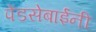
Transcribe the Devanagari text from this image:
पेंडसेबाईंनी